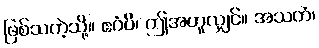
ဖြစ်သကဲ့သို့။ ဧဝံပိ၊ ဤအတူလျှင်။ အသတံ၊